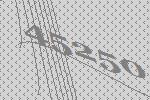
45250